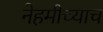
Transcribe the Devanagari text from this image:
नेहमीच्याच